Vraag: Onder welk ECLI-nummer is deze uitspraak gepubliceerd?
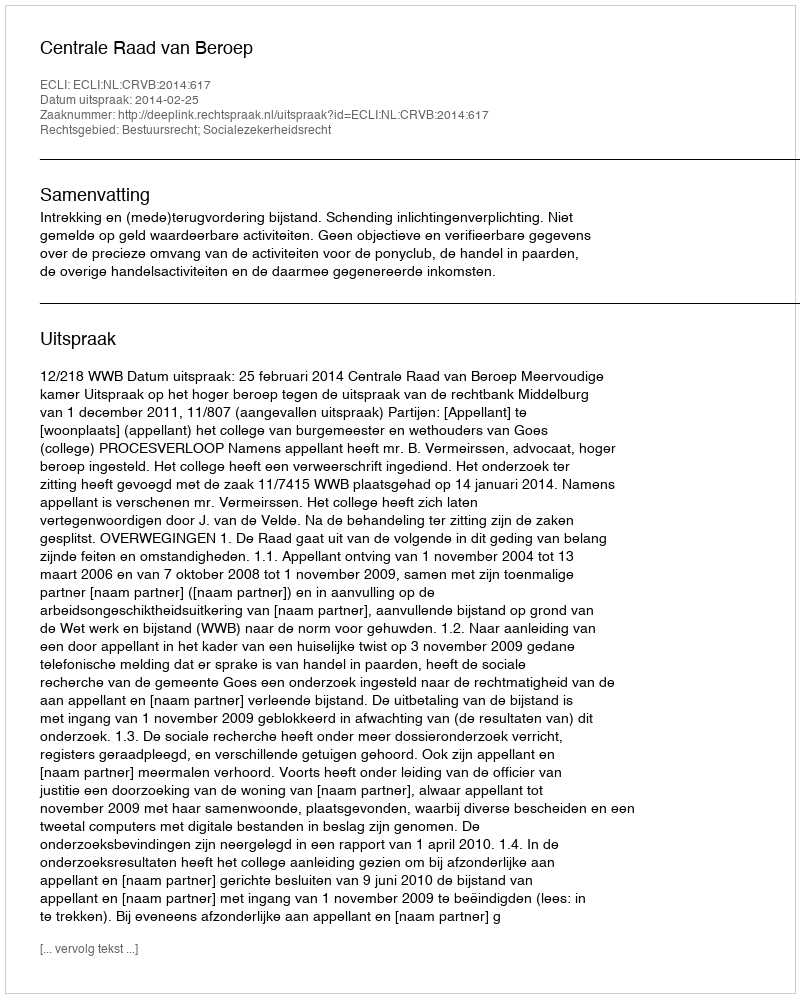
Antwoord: ECLI:NL:CRVB:2014:617